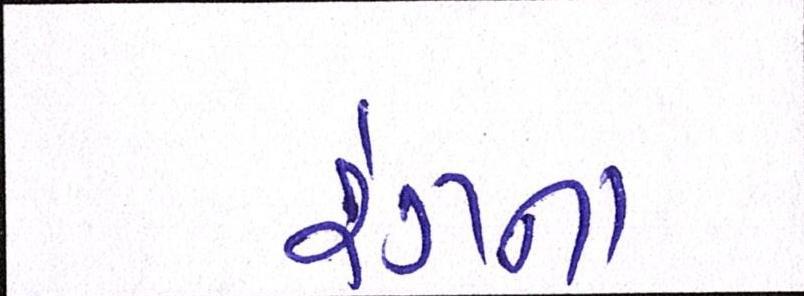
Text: રંગના